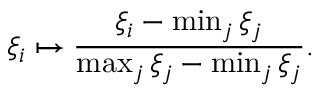
\xi _ { i } \mapsto \frac { \xi _ { i } - \operatorname* { m i n } _ { j } \xi _ { j } } { \operatorname* { m a x } _ { j } \xi _ { j } - \operatorname* { m i n } _ { j } \xi _ { j } } .